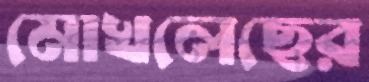
মোখলেছের